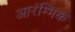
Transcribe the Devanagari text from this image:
आरंम्भिक